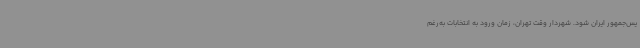
یس‌جمهور ایران شود. شهردار وقت تهران، زمان ورود به انتخابات به‌رغم